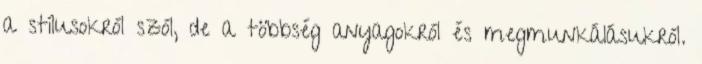
a stílusokról szól, de a többség anyagokról és megmunkálásukról.